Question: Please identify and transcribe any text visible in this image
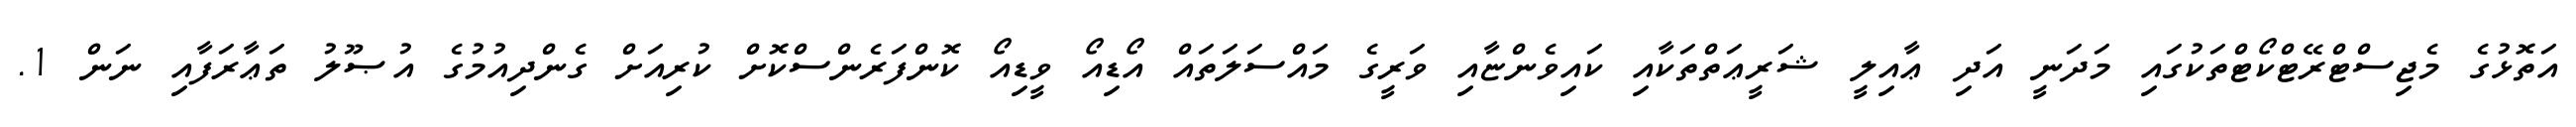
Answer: އަތޮޅުގެ މެޖިސްޓްރޭޓްކޯޓްތަކުގައި މަދަނީ އަދި ޢާއިލީ ޝަރީޢަތްތަކާއި ކައިވެންޏާއި ވަރީގެ މައްސަލަތައް އޯޑިއޯ ވީޑިއޯ ކޮންފަރެންސްކޮށް ކުރިއަށް ގެންދިއުމުގެ އުޞޫލު ތަޢާރަފާއި ނަން 1.